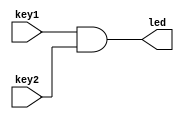
module key_ctrl_led (
    input   wire        key1,
    input   wire        key2,
    output  wire        led
);
// 1 & 1 = 1 1 & 0 = 0 
assign led = key1 & key2;

    
endmodule